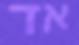
אד